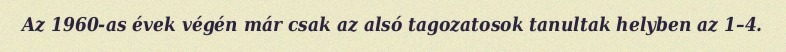
Az 1960-as évek végén már csak az alsó tagozatosok tanultak helyben az 1–4.